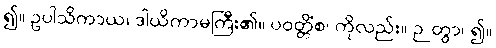
၍။ ဥပါသိကာယ၊ ဒါယိကာမကြီး၏။ ပဝတ္တိံစ၊ ကိုလည်း။ ဉတွာ၊ ၍။